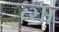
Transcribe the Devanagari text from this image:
८२।।